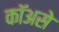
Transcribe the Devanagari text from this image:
कॉअसे